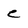
Character: e